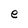
Character: e